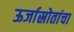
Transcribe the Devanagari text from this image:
ऊर्जास्रोतांचा